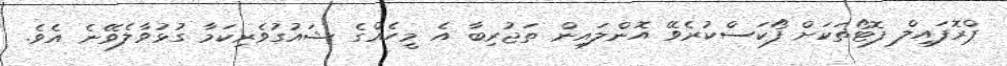
ޕްރޮފައިލް ފޮޓޯތަކަށް ފޯކަސްކުރެވޭ އޮންލައިން ތަޖުރިބާ އެ މީހެއްގެ ޝައުގުވެރިކަމާ ގުޅުވާލެވޭނެ އެވެ.